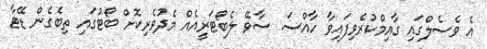
އެ ވެސެލްގައި ގާއިމްކުރެވިފައިވާ ހާއްސަ ސާވޭ ލެބޯޓަރީއެއް މެދުވެރިކޮށް ބޯޓުގައި ތިބެގެން ޑޭޓާ